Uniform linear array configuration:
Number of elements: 48
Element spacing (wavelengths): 0.25
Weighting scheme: hann
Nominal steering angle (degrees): -45
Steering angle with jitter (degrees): -44.167
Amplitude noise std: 0.05
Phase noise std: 0.05

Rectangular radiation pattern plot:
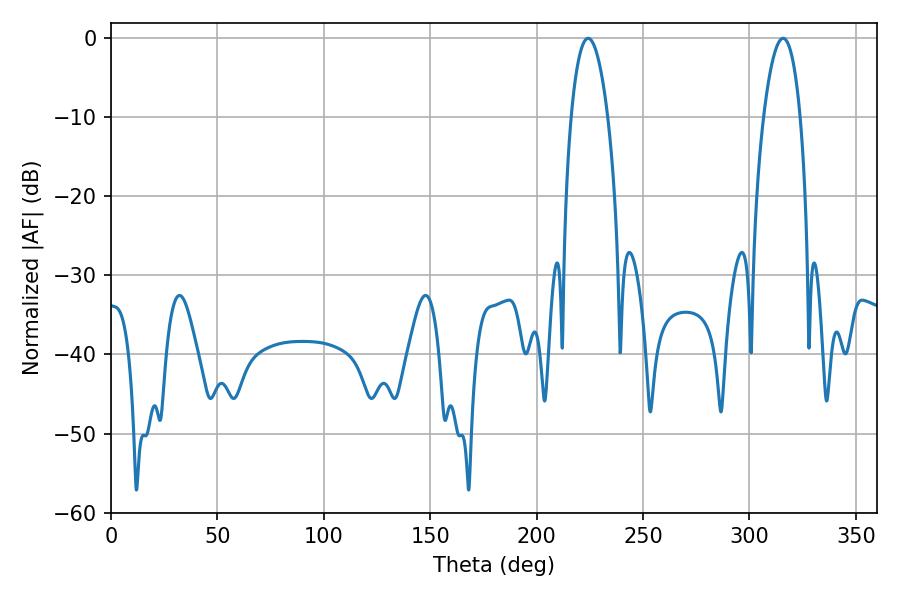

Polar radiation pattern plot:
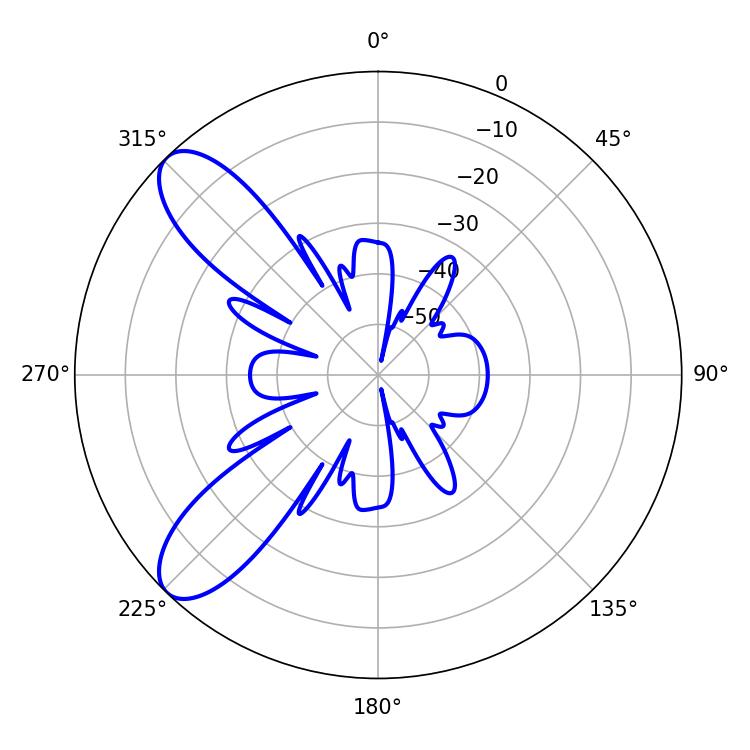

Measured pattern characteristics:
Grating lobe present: FALSE
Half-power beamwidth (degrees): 9.54
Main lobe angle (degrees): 224.28